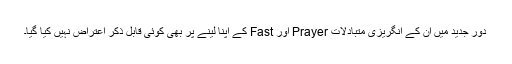
دورِ جدید میں ان کے انگریزی متبادلات Prayer اور Fast کے اپنا لینے پر بھی کوئی قابل ِذکر اعتراض نہیں کیا گیا۔